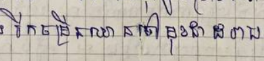
រីកចម្រើនឈានទៅមុខជាដរាប